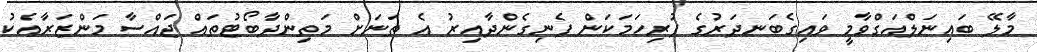
މާލޭ ބައިނަލްއަގްވާމީ ވައިގެބަނދަރުގެ ފުރިހަމަކަން ފެނިގެންދާއިރު އެ ތަނަށް މަތިންދާބޯޓުތައް ޖައްސާ މަންޒަރާއެކު